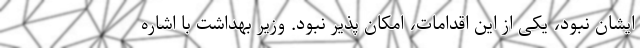
ایشان نبود، یکی از این اقدامات، امکان پذیر نبود. وزیر بهداشت با اشاره